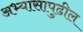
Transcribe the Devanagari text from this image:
अभ्यासापुढील